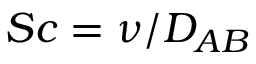
S c = \nu / D _ { A B }